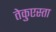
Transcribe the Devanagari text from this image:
तेकुएस्ता